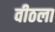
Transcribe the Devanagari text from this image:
वीठला